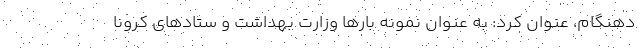
دهنگام،‌ عنوان کرد: به عنوان نمونه بارها وزارت بهداشت و ستادهای کرونا